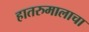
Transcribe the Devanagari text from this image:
हातरुमालाचा